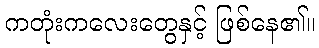
ကတုံးကလေးတွေနှင့် ဖြစ်နေ၏။